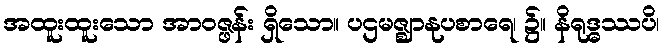
အထူးထူးသော အာဝဇ္ဖန်း ရှိသော။ ပဌမဇ္ဈာနုပစာရေ၊ ၌။ နိရုဒ္ဓဿပိ၊